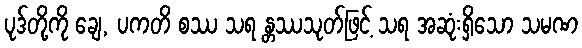
ပုဒ်တို့ကို ချေ, ပကတိ စဿ သရ န္တဿသုတ်ဖြင့် သရ အဆုံးရှိသော သမဏ